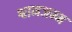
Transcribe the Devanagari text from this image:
श्वानजन्म